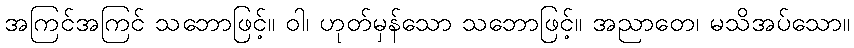
အကြင်အကြင် သဘောဖြင့်။ ဝါ၊ ဟုတ်မှန်သော သဘောဖြင့်။ အညာတေ၊ မသိအပ်သော။